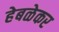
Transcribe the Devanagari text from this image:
हेबळेकर